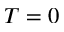
T = 0